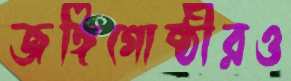
জঙ্গিগোষ্ঠীরও